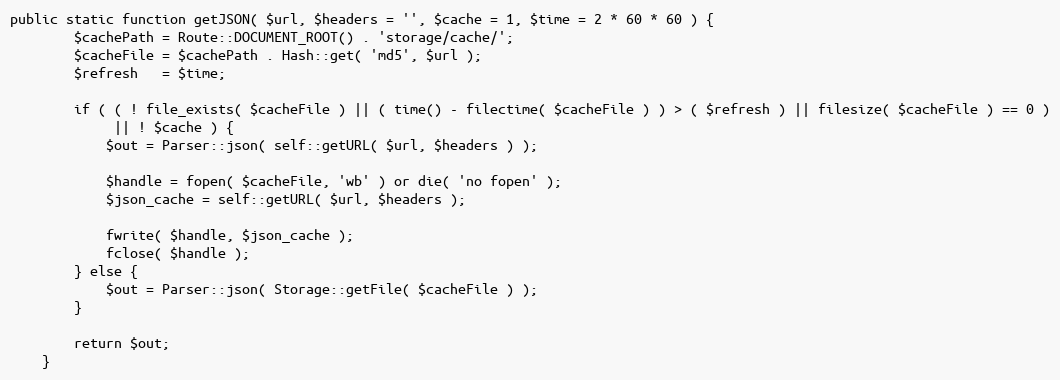
Language: PHP
public static function getJSON( $url, $headers = '', $cache = 1, $time = 2 * 60 * 60 ) {
		$cachePath = Route::DOCUMENT_ROOT() . 'storage/cache/';
		$cacheFile = $cachePath . Hash::get( 'md5', $url );
		$refresh   = $time;

		if ( ( ! file_exists( $cacheFile ) || ( time() - filectime( $cacheFile ) ) > ( $refresh ) || filesize( $cacheFile ) == 0 )
		     || ! $cache ) {
			$out = Parser::json( self::getURL( $url, $headers ) );

			$handle = fopen( $cacheFile, 'wb' ) or die( 'no fopen' );
			$json_cache = self::getURL( $url, $headers );

			fwrite( $handle, $json_cache );
			fclose( $handle );
		} else {
			$out = Parser::json( Storage::getFile( $cacheFile ) );
		}

		return $out;
	}